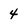
Character: 4